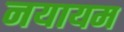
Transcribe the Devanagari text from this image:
नयायम